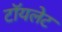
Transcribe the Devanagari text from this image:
टाॅयलेट